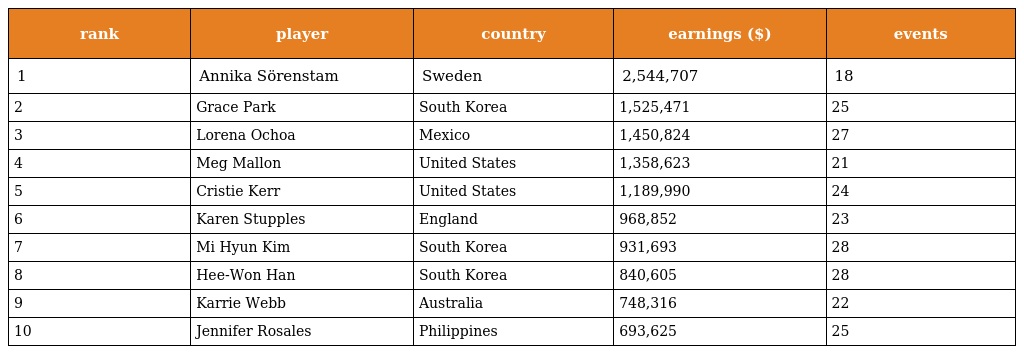
| rank | player | country | earnings ($) | events |
 | --- | --- | --- | --- | --- |
 | 1 | Annika Sörenstam | Sweden | 2,544,707 | 18 |
 | 2 | Grace Park | South Korea | 1,525,471 | 25 |
 | 3 | Lorena Ochoa | Mexico | 1,450,824 | 27 |
 | 4 | Meg Mallon | United States | 1,358,623 | 21 |
 | 5 | Cristie Kerr | United States | 1,189,990 | 24 |
 | 6 | Karen Stupples | England | 968,852 | 23 |
 | 7 | Mi Hyun Kim | South Korea | 931,693 | 28 |
 | 8 | Hee-Won Han | South Korea | 840,605 | 28 |
 | 9 | Karrie Webb | Australia | 748,316 | 22 |
 | 10 | Jennifer Rosales | Philippines | 693,625 | 25 |